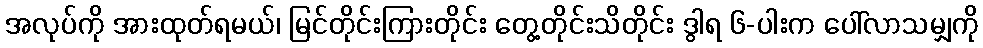
အလုပ်ကို အားထုတ်ရမယ်၊ မြင်တိုင်းကြားတိုင်း တွေ့တိုင်းသိတိုင်း ဒွါရ ၆-ပါးက ပေါ်လာသမျှကို